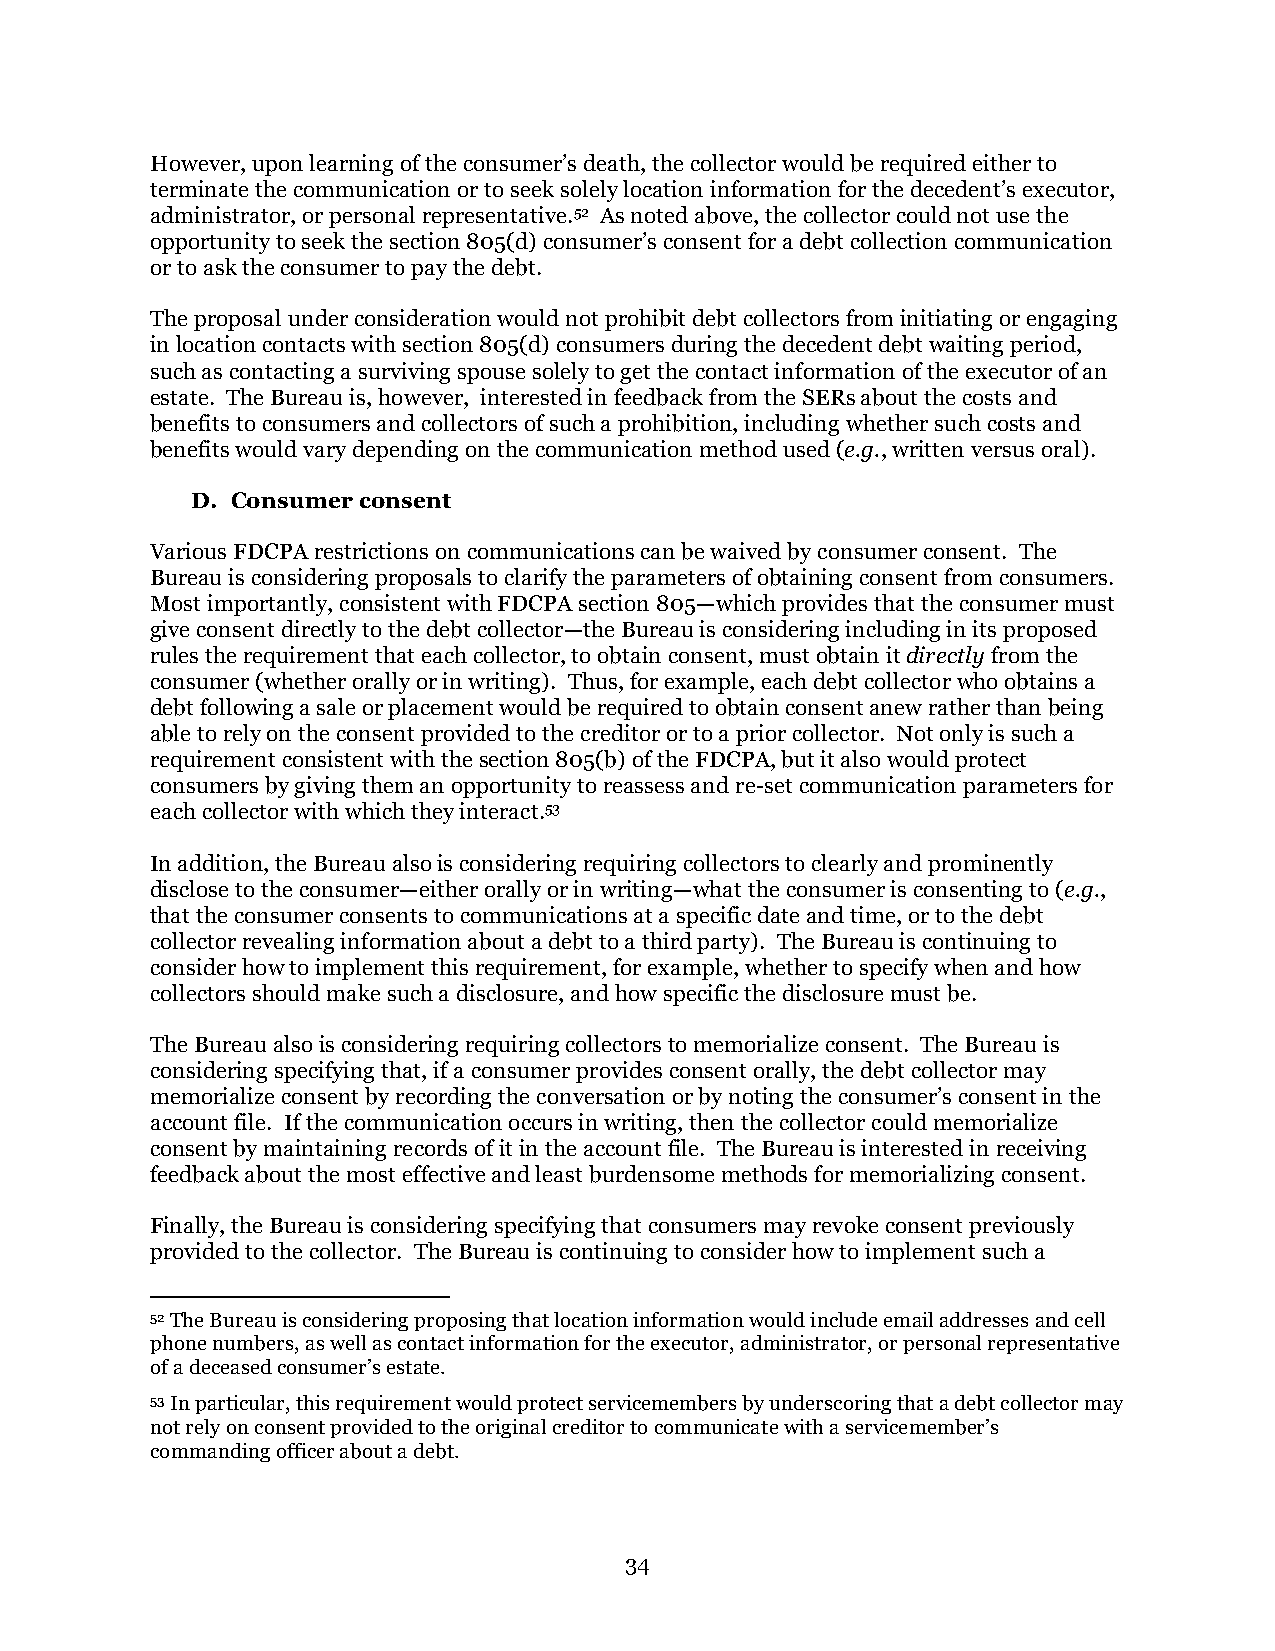
However, upon learning of the consumer’s death, the collector would be required either to
 terminate the communication or to seek solely location information for the decedent’s executor,
 administrator, or personal representative.52 As noted above, the collector could not use the
 opportunity to seek the section 805(d) consumer’s consent for a debt collection communication
 or to ask the consumer to pay the debt.
 The proposal under consideration would not prohibit debt collectors from initiating or engaging
 in location contacts with section 805(d) consumers during the decedent debt waiting period,
 such as contacting a surviving spouse solely to get the contact information of the executor of an
 estate. The Bureau is, however, interested in feedback from the SERs about the costs and
 benefits to consumers and collectors of such a prohibition, including whether such costs and
 benefits would vary depending on the communication method used (e.g., written versus oral).
 D. Consumer consent
 Various FDCPA restrictions on communications can be waived by consumer consent. The
 Bureau is considering proposals to clarify the parameters of obtaining consent from consumers.
 Most importantly, consistent with FDCPA section 805—which provides that the consumer must
 give consent directly to the debt collector—the Bureau is considering including in its proposed
 rules the requirement that each collector, to obtain consent, must obtain it directly from the
 consumer (whether orally or in writing). Thus, for example, each debt collector who obtains a
 debt following a sale or placement would be required to obtain consent anew rather than being
 able to rely on the consent provided to the creditor or to a prior collector. Not only is such a
 requirement consistent with the section 805(b) of the FDCPA, but it also would protect
 consumers by giving them an opportunity to reassess and re-set communication parameters for
 each collector with which they interact.53
 In addition, the Bureau also is considering requiring collectors to clearly and prominently
 disclose to the consumer—either orally or in writing—what the consumer is consenting to (e.g.,
 that the consumer consents to communications at a specific date and time, or to the debt
 collector revealing information about a debt to a third party). The Bureau is continuing to
 consider how to implement this requirement, for example, whether to specify when and how
 collectors should make such a disclosure, and how specific the disclosure must be.
 The Bureau also is considering requiring collectors to memorialize consent. The Bureau is
 considering specifying that, if a consumer provides consent orally, the debt collector may
 memorialize consent by recording the conversation or by noting the consumer’s consent in the
 account file. If the communication occurs in writing, then the collector could memorialize
 consent by maintaining records of it in the account file. The Bureau is interested in receiving
 feedback about the most effective and least burdensome methods for memorializing consent.
 Finally, the Bureau is considering specifying that consumers may revoke consent previously
 provided to the collector. The Bureau is continuing to consider how to implement such a
 52 The Bureau is considering proposing that location information would include email addresses and cell
 phone numbers, as well as contact information for the executor, administrator, or personal representative
 of a deceased consumer’s estate.
 53 In particular, this requirement would protect servicemembers by underscoring that a debt collector may
 not rely on consent provided to the original creditor to communicate with a servicemember’s
 commanding officer about a debt.
 34